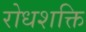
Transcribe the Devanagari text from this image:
रोधशक्ति